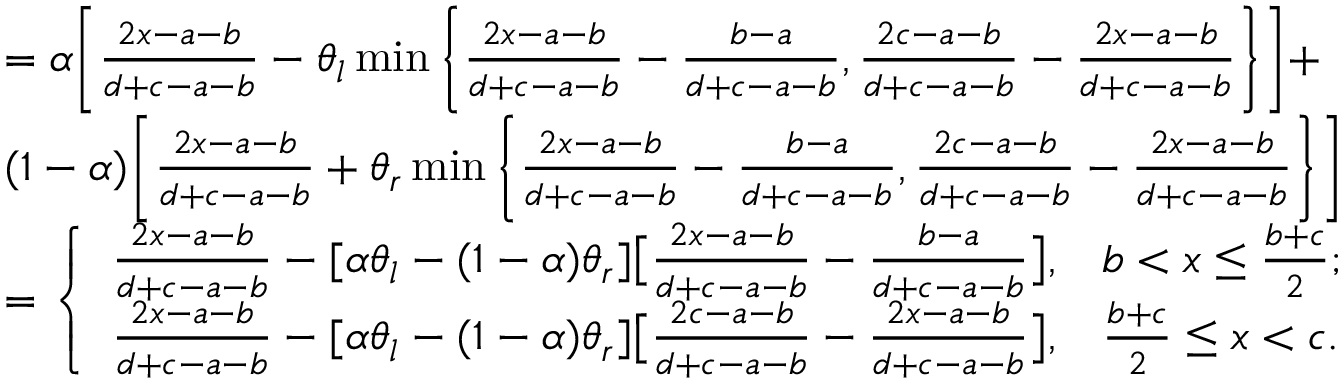
\begin{array} { r l } & { = \alpha \bigg [ \frac { 2 x - a - b } { d + c - a - b } - \theta _ { l } \operatorname* { m i n } \bigg \{ \frac { 2 x - a - b } { d + c - a - b } - \frac { b - a } { d + c - a - b } , \frac { 2 c - a - b } { d + c - a - b } - \frac { 2 x - a - b } { d + c - a - b } \bigg \} \bigg ] + } \\ & { ( 1 - \alpha ) \bigg [ \frac { 2 x - a - b } { d + c - a - b } + \theta _ { r } \operatorname* { m i n } \bigg \{ \frac { 2 x - a - b } { d + c - a - b } - \frac { b - a } { d + c - a - b } , \frac { 2 c - a - b } { d + c - a - b } - \frac { 2 x - a - b } { d + c - a - b } \bigg \} \bigg ] } \\ & { = \left\{ \begin{array} { l l } { \frac { 2 x - a - b } { d + c - a - b } - [ \alpha \theta _ { l } - ( 1 - \alpha ) \theta _ { r } ] \big [ \frac { 2 x - a - b } { d + c - a - b } - \frac { b - a } { d + c - a - b } \big ] , } & { b < x \leq \frac { b + c } { 2 } ; } \\ { \frac { 2 x - a - b } { d + c - a - b } - [ \alpha \theta _ { l } - ( 1 - \alpha ) \theta _ { r } ] \big [ \frac { 2 c - a - b } { d + c - a - b } - \frac { 2 x - a - b } { d + c - a - b } \big ] , } & { \frac { b + c } { 2 } \leq x < c . } \end{array} \right. } \end{array}